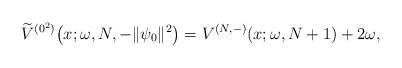
LaTeX: \begin{gather*} \widetilde{V}^{(0^{2})}\big(x;\omega ,N,-\Vert \psi _{0}\Vert ^{2}\big)=V^{( N,-) }(x;\omega ,N+1)+2\omega ,\end{gather*}